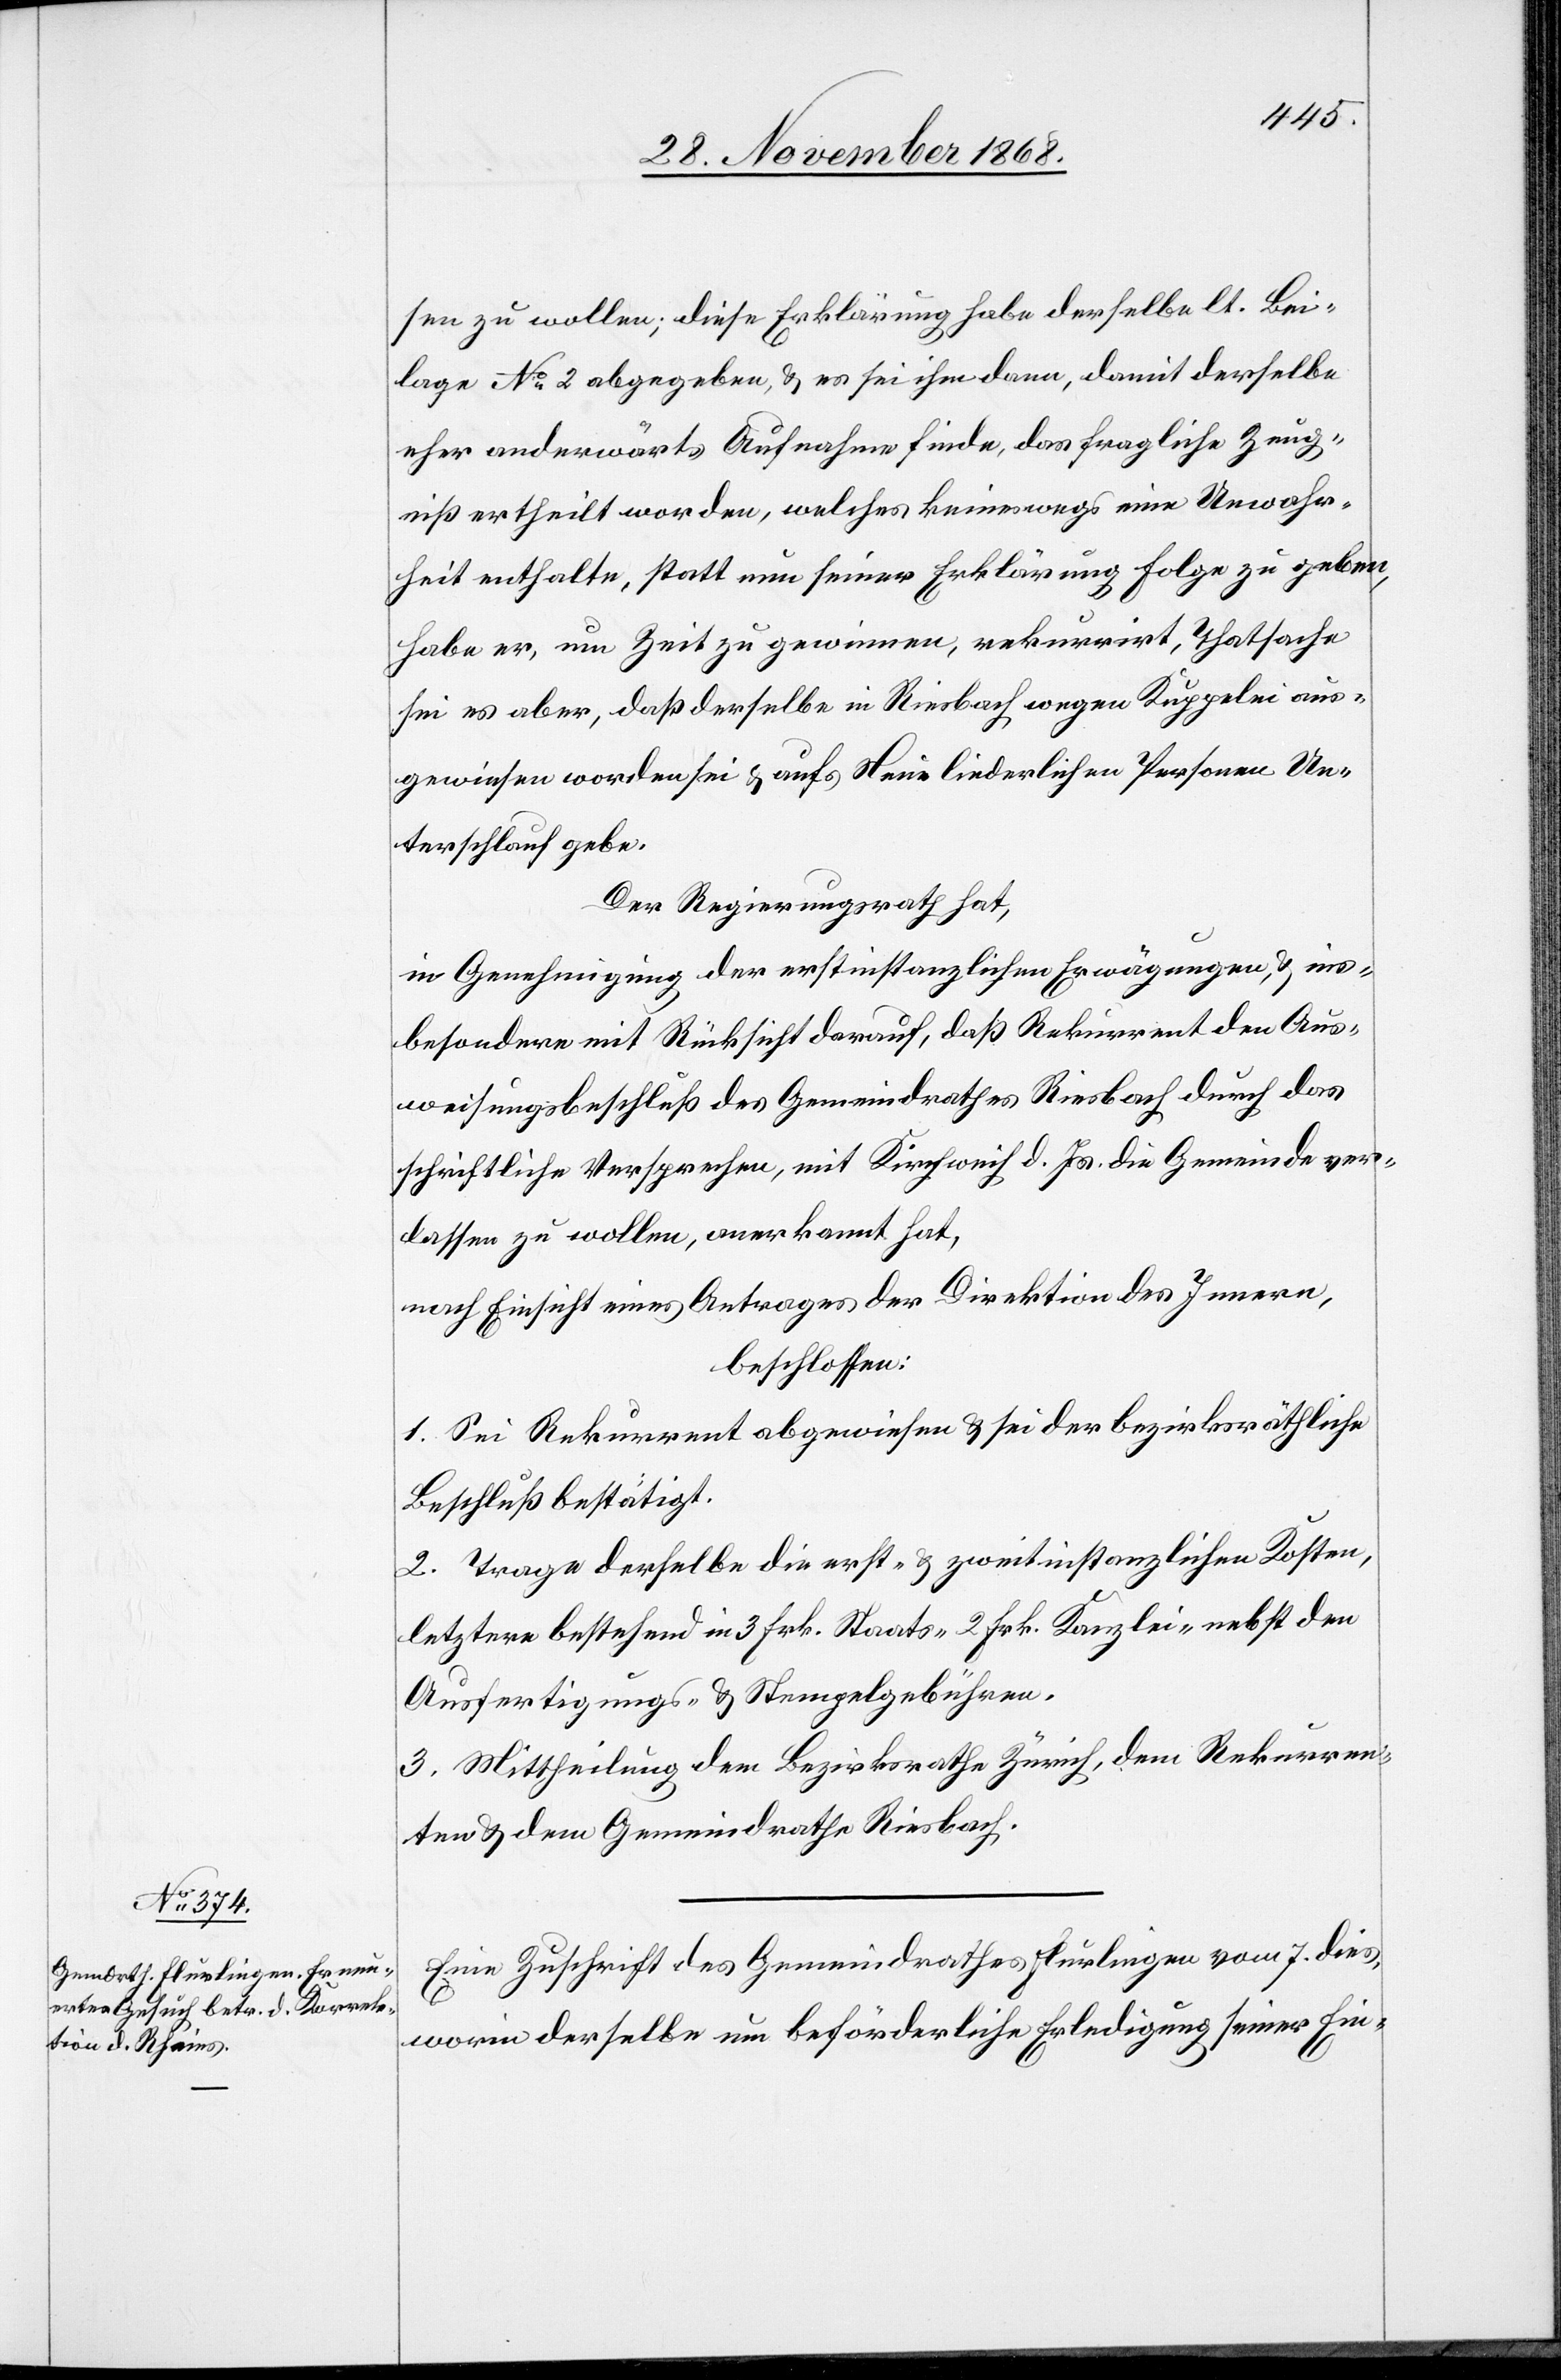
sen zu wollen; diese Erklärung habe derselbe lt. Bei¬
lage No 2 abgegeben, & es sei ihm dann, damit derselbe
eher anderwärts Aufnahme finde, das fragliche Zeug¬
niß ertheilt worden, welches keineswegs eine Unwahr¬
heit enthalte, statt nun seiner Erklärung Folge zu geben,
habe er, um Zeit zu gewinnen, rekurrirt, Thatsache
sei es aber, daß derselbe in Riesbach wegen Kuppelei aus¬
gewiesen worden sei & aufs Neue liederlichen Personen Un¬
terschlauf gebe.
Der Regierungsrath hat,
in Genehmigung der erstinstanzlichen Erwägungen, & ins¬
besondere mit Rücksicht darauf, daß Rekurrent den Aus¬
weisungsbeschluß des Gemeindrathes Riesbach durch das
schriftliche Versprechen, mit Kirchweih d. Js. die Gemeinde ver¬
lassen zu wollen, anerkannt hat,
nach Einsicht eines Antrages der Direktion des Innern,
beschlossen:
1. Sei Rekurrent abgewiesen & sei der bezirksräthliche
Beschluß bestätigt.
2. Trage derselbe die erst- & zweitinstanzlichen Kosten,
letztere bestehend in 3 Frk. Staats- 2 Frk. Kanzlei- nebst den
Ausfertigungs- & Stempelgebühren.
3. Mittheilung dem Bezirksrathe Zürich, dem Rekurren¬
ten & dem Gemeindrathe Riesbach.
Eine Zuschrift des Gemeindrathes Flurlingen vom 7. dies,
worin derselbe um beförderliche Erledigung seiner Ein-